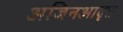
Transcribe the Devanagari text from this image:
अजिनआवृत